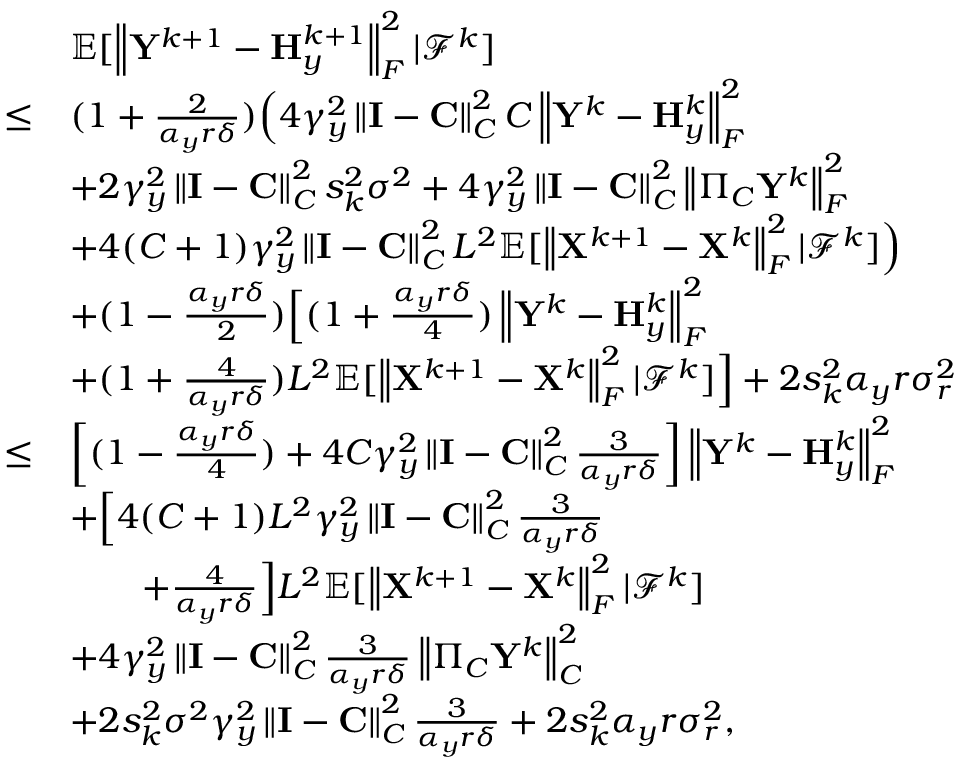
\begin{array} { r l } & { { \mathbb { E } } [ \left\| { \mathbf { Y } } ^ { k + 1 } - { \mathbf { H } } _ { y } ^ { k + 1 } \right\| _ { F } ^ { 2 } \vert { \mathcal { F } } ^ { k } ] } \\ { \leq } & { ( 1 + \frac { 2 } { \alpha _ { y } r \delta } ) \Big ( 4 \gamma _ { y } ^ { 2 } \left\| { \mathbf { I } } - { \mathbf { C } } \right\| _ { C } ^ { 2 } C \left\| { \mathbf { Y } } ^ { k } - { \mathbf { H } } _ { y } ^ { k } \right\| _ { F } ^ { 2 } } \\ & { + 2 \gamma _ { y } ^ { 2 } \left\| { \mathbf { I } } - { \mathbf { C } } \right\| _ { C } ^ { 2 } s _ { k } ^ { 2 } \sigma ^ { 2 } + 4 \gamma _ { y } ^ { 2 } \left\| { \mathbf { I } } - { \mathbf { C } } \right\| _ { C } ^ { 2 } \left\| \Pi _ { C } { \mathbf { Y } } ^ { k } \right\| _ { F } ^ { 2 } } \\ & { + 4 ( C + 1 ) \gamma _ { y } ^ { 2 } \left\| { \mathbf { I } } - { \mathbf { C } } \right\| _ { C } ^ { 2 } L ^ { 2 } { \mathbb { E } } [ \left\| { \mathbf { X } } ^ { k + 1 } - { \mathbf { X } } ^ { k } \right\| _ { F } ^ { 2 } \vert { \mathcal { F } } ^ { k } ] \Big ) } \\ & { + ( 1 - \frac { \alpha _ { y } r \delta } { 2 } ) \Big [ ( 1 + \frac { \alpha _ { y } r \delta } { 4 } ) \left\| { \mathbf { Y } } ^ { k } - { \mathbf { H } } _ { y } ^ { k } \right\| _ { F } ^ { 2 } } \\ & { + ( 1 + \frac { 4 } { \alpha _ { y } r \delta } ) L ^ { 2 } { \mathbb { E } } [ \left\| { \mathbf { X } } ^ { k + 1 } - { \mathbf { X } } ^ { k } \right\| _ { F } ^ { 2 } \vert { \mathcal { F } } ^ { k } ] \Big ] + 2 s _ { k } ^ { 2 } \alpha _ { y } r \sigma _ { r } ^ { 2 } } \\ { \leq } & { \left[ ( 1 - \frac { \alpha _ { y } r \delta } { 4 } ) + 4 C \gamma _ { y } ^ { 2 } \left\| { \mathbf { I } } - { \mathbf { C } } \right\| _ { C } ^ { 2 } \frac { 3 } { \alpha _ { y } r \delta } \right] \left\| { \mathbf { Y } } ^ { k } - { \mathbf { H } } _ { y } ^ { k } \right\| _ { F } ^ { 2 } } \\ & { + \Big [ 4 ( C + 1 ) L ^ { 2 } \gamma _ { y } ^ { 2 } \left\| { \mathbf { I } } - { \mathbf { C } } \right\| _ { C } ^ { 2 } \frac { 3 } { \alpha _ { y } r \delta } } \\ & { \qquad + \frac { 4 } { \alpha _ { y } r \delta } \Big ] L ^ { 2 } { \mathbb { E } } [ \left\| { \mathbf { X } } ^ { k + 1 } - { \mathbf { X } } ^ { k } \right\| _ { F } ^ { 2 } \vert { \mathcal { F } } ^ { k } ] } \\ & { + 4 \gamma _ { y } ^ { 2 } \left\| { \mathbf { I } } - { \mathbf { C } } \right\| _ { C } ^ { 2 } \frac { 3 } { \alpha _ { y } r \delta } \left\| \Pi _ { C } { \mathbf { Y } } ^ { k } \right\| _ { C } ^ { 2 } } \\ & { + 2 s _ { k } ^ { 2 } \sigma ^ { 2 } \gamma _ { y } ^ { 2 } \left\| { \mathbf { I } } - { \mathbf { C } } \right\| _ { C } ^ { 2 } \frac { 3 } { \alpha _ { y } r \delta } + 2 s _ { k } ^ { 2 } \alpha _ { y } r \sigma _ { r } ^ { 2 } , } \end{array}